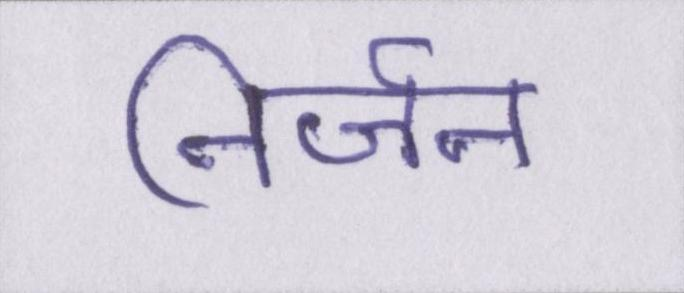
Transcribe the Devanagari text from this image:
निर्जन